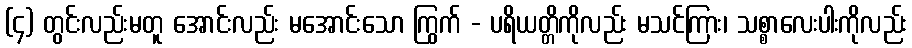
(၄) တွင်းလည်းမတူ အောင်းလည်း မအောင်းသော ကြွက် - ပရိယတ္တိကိုလည်း မသင်ကြား၊ သစ္စာလေးပါးကိုလည်း